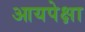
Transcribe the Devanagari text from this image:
आयपेक्षा